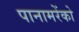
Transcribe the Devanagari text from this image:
पानामरेंको